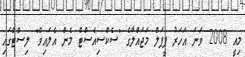
މިއީ 2008 ވަނަ އަހަރު ޕީޕަލް މަޖައްލާގެ "ސެކްސިއެސްޓް މެން އެލައިވް" ލިސްޓްގައި